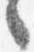
言